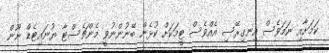
ކަމަށާއި ނަމަވެސް އިނގިރޭސި އެއްވެސް ޓީމަކަށް ކުޅެން ބޭނުންނުވީ މެންޗެސްޓާ ޔުނައިޓެޑް ނޫން